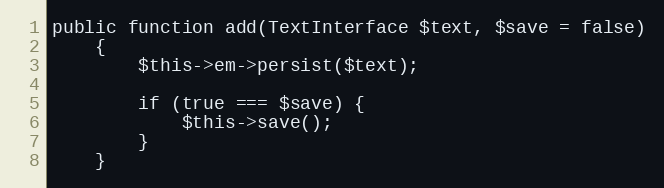
Language: PHP
public function add(TextInterface $text, $save = false)
    {
        $this->em->persist($text);

        if (true === $save) {
            $this->save();
        }
    }